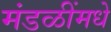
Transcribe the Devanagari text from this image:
मंडळींमधे